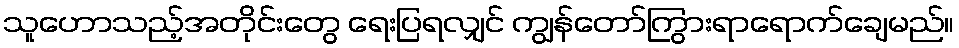
သူဟောသည့်အတိုင်းတွေ ရေးပြရလျှင် ကျွန်တော်ကြွားရာရောက်ချေမည်။